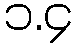
၁.၄